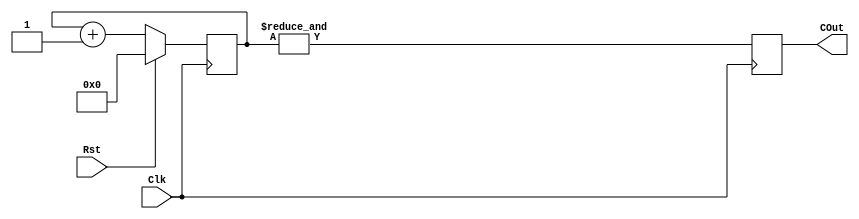
`timescale 1ns / 1ps
//////////////////////////////////////////////////////////////////////////////////
// Company: 
// Engineer: 
// 
// Design Name: 
// Module Name:    SyncLEDToggle_Top 
// Project Name: 
// Target Devices: 
// Tool versions: 
// Description: 
//
// Dependencies: 
//
// Revision: 
// Revision 0.01 - File Created
// Additional Comments: 
//
//////////////////////////////////////////////////////////////////////////////////
// -----------------------------------------------------------------------------
//                        Module Function Code
// -----------------------------------------------------------------------------
module FreqDivider
(
  input 	        Clk,
  input 	        Rst,
  output			  COut
);

	`define	DIVIDER_SIZE	4
	
	// --------------------------------------------------------------------------
	//                      Internal Wire/Reg Signals 
	// --------------------------------------------------------------------------
	reg	COut_d;
	reg	COut_q;
	
	reg	[`DIVIDER_SIZE:0]	FreqDivider_d;
	reg	[`DIVIDER_SIZE:0]	FreqDivider_q;
	// --------------------------------------------------------------------------
	//                        Continuous Assignments
	// --------------------------------------------------------------------------
	assign COut	= COut_q;
	// --------------------------------------------------------------------------
	//                       Sequential Blocks
	// --------------------------------------------------------------------------
	always @(posedge Clk)
	begin
		if(Rst == 1'b1)
		begin
			FreqDivider_q	<= `DIVIDER_SIZE'b0;
			COut_q			<=	1'b0;
		end
		else
			FreqDivider_q	<=	FreqDivider_d;
			COut_q			<=	COut_d;
		begin

		end		
	end
	// --------------------------------------------------------------------------
	//                       Always Blocks
	// --------------------------------------------------------------------------        
	always @*
	begin
		COut_d			=	&FreqDivider_q;
		FreqDivider_d	=	FreqDivider_q + `DIVIDER_SIZE'b1;
	end
endmodule